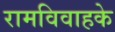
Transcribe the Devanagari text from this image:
रामविवाहके